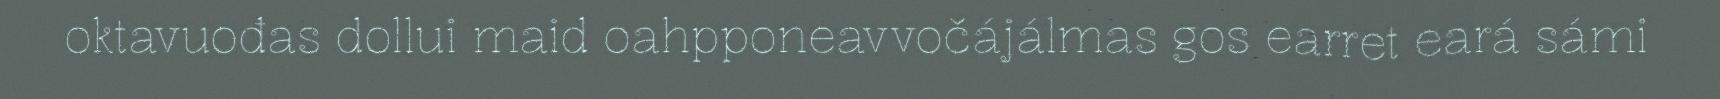
oktavuođas dollui maid oahpponeavvočájálmas gos earret eará sámi